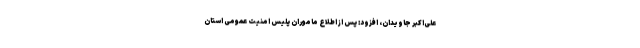
علی‌اکبر جاویدان، افزود: پس از اطلاع ماموران پلیس امنیت عمومی استان